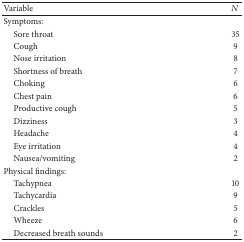
<table><thead><tr><td><b>Variable</b></td><td><b><i>N</i></b></td></tr></thead><tbody><tr><td>Symptoms:</td><td> </td></tr><tr><td> Sore throat</td><td>35 </td></tr><tr><td> Cough</td><td>9 </td></tr><tr><td> Nose irritation</td><td>8</td></tr><tr><td> Shortness of breath</td><td>7 </td></tr><tr><td> Choking</td><td>6 </td></tr><tr><td> Chest pain</td><td>6 </td></tr><tr><td> Productive cough</td><td>5 </td></tr><tr><td> Dizziness</td><td>3</td></tr><tr><td> Headache</td><td>4</td></tr><tr><td> Eye irritation</td><td>4</td></tr><tr><td> Nausea/vomiting</td><td>2 </td></tr><tr><td>Physical findings:</td><td> </td></tr><tr><td> Tachypnea</td><td>10 </td></tr><tr><td> Tachycardia</td><td>9 </td></tr><tr><td> Crackles</td><td>5 </td></tr><tr><td> Wheeze</td><td>6 </td></tr><tr><td> Decreased breath sounds</td><td>2</td></tr></tbody></table>